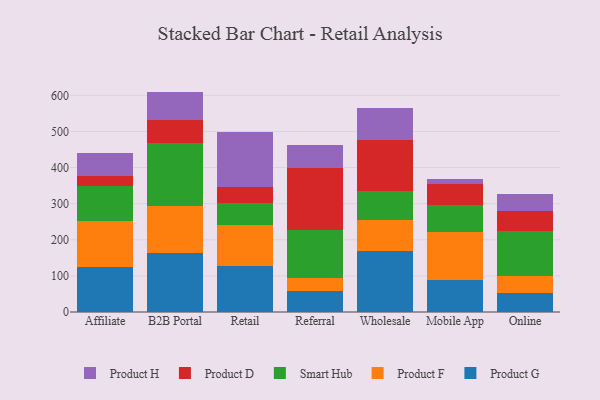
{"axis": {"x": "Channel", "y": "Population (Million)"}, "legend": ["Product D", "Product F", "Product G", "Product H", "Smart Hub"], "data": [{"x": "Affiliate", "y": 125.1, "type": "Product G"}, {"x": "Affiliate", "y": 126.0, "type": "Product F"}, {"x": "Affiliate", "y": 96.8, "type": "Smart Hub"}, {"x": "Affiliate", "y": 28.1, "type": "Product D"}, {"x": "Affiliate", "y": 65.8, "type": "Product H"}, {"x": "B2B Portal", "y": 163.2, "type": "Product G"}, {"x": "B2B Portal", "y": 129.6, "type": "Product F"}, {"x": "B2B Portal", "y": 175.8, "type": "Smart Hub"}, {"x": "B2B Portal", "y": 64.5, "type": "Product D"}, {"x": "B2B Portal", "y": 77.4, "type": "Product H"}, {"x": "Retail", "y": 127.2, "type": "Product G"}, {"x": "Retail", "y": 112.9, "type": "Product F"}, {"x": "Retail", "y": 60.9, "type": "Smart Hub"}, {"x": "Retail", "y": 44.2, "type": "Product D"}, {"x": "Retail", "y": 154.6, "type": "Product H"}, {"x": "Referral", "y": 58.0, "type": "Product G"}, {"x": "Referral", "y": 37.1, "type": "Product F"}, {"x": "Referral", "y": 132.2, "type": "Smart Hub"}, {"x": "Referral", "y": 172.8, "type": "Product D"}, {"x": "Referral", "y": 61.3, "type": "Product H"}, {"x": "Wholesale", "y": 168.0, "type": "Product G"}, {"x": "Wholesale", "y": 86.1, "type": "Product F"}, {"x": "Wholesale", "y": 80.7, "type": "Smart Hub"}, {"x": "Wholesale", "y": 141.7, "type": "Product D"}, {"x": "Wholesale", "y": 88.3, "type": "Product H"}, {"x": "Mobile App", "y": 87.3, "type": "Product G"}, {"x": "Mobile App", "y": 135.2, "type": "Product F"}, {"x": "Mobile App", "y": 75.1, "type": "Smart Hub"}, {"x": "Mobile App", "y": 56.4, "type": "Product D"}, {"x": "Mobile App", "y": 14.1, "type": "Product H"}, {"x": "Online", "y": 51.7, "type": "Product G"}, {"x": "Online", "y": 48.3, "type": "Product F"}, {"x": "Online", "y": 124.5, "type": "Smart Hub"}, {"x": "Online", "y": 56.1, "type": "Product D"}, {"x": "Online", "y": 46.3, "type": "Product H"}]}